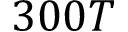
3 0 0 T